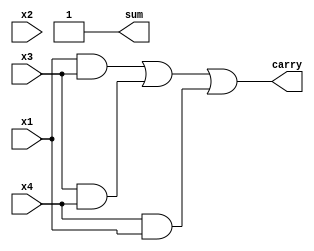
module sabetz(x1,x2,x3,x4,sum,carry);
 output sum,carry;
 input x1,x2,x3,x4;
 assign sum = 1;
 assign carry = ((x1 & x3) | ( x3&x4 ) | (x4 & x1));
  
endmodule